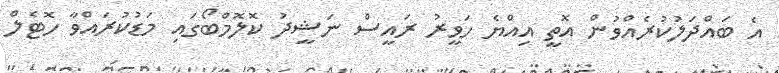
އެ ބައްދަލުކުރެއްވުން އޮތީ އިއްޔެ ހަވީރު ރައީސް ނަޝީދު ކޮލޮމްބޯގައި މަޑުކުރައްވާ ހޮޓެލް